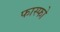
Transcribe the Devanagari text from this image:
फास्‍फो